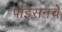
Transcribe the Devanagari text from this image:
पॉइसनचे